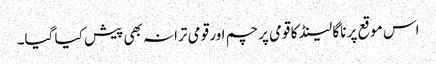
اس موقع پر ناگا لینڈ کا قومی پرچم اور قومی ترانہ بھی پیش کیا گیا۔